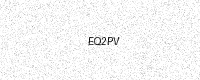
Text: EQ2PV